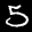
Label: 5